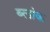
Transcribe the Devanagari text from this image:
ब्ला॓क